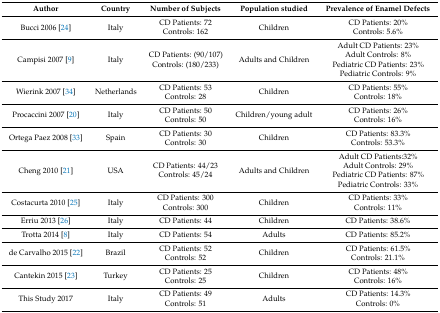
| Author | Country | Number of Subjects | Population studied | Prevalence of Enamel Defects |
 | --- | --- | --- | --- | --- |
 | Bucci 2006 [24] | Italy | CD Patients: 72Controls: 162 | Children | CD Patients: 20%Controls: 5.6% |
 | Campisi 2007 [9] | Italy | CD Patients: (90/107)Controls: (180/233) | Adults and Children | Adult CD Patients: 23%Adult Controls: 8%Pediatric CD Patients: 23%Pediatric Controls: 9% |
 | Wierink 2007 [34] | Netherlands | CD Patients: 53Controls: 28 | Children | CD Patients: 55%Controls: 18% |
 | Procaccini 2007 [20] | Italy | CD Patients: 50Controls: 50 | Children/young adult | CD Patients: 26%Controls: 16% |
 | Ortega Paez 2008 [33] | Spain | CD Patients: 30Controls: 30 | Children | CD Patients: 83.3%Controls: 53.3% |
 | Cheng 2010 [21] | USA | CD Patients: 44/23Controls: 45/24 | Adults and Children | Adult CD Patients:32%Adult Controls: 29%Pediatric CD Patients: 87%Pediatric Controls: 33% |
 | Costacurta 2010 [25] | Italy | CD Patients: 300Controls: 300 | Children | CD Patients: 33%Controls: 11% |
 | Erriu 2013 [26] | Italy | CD Patients: 44 | Children | CD Patients: 38.6% |
 | Trotta 2014 [8] | Italy | CD Patients: 54 | Adults | CD Patients: 85.2% |
 | de Carvalho 2015 [22] | Brazil | CD Patients: 52Controls: 52 | Children | CD Patients: 61.5%Controls: 21.1% |
 | Cantekin 2015 [23] | Turkey | CD Patients: 25Controls: 25 | Children | CD Patients: 48%Controls: 16% |
 | This Study 2017 | Italy | CD Patients: 49Controls: 51 | Adults | CD Patients: 14.3%Controls: 0% |